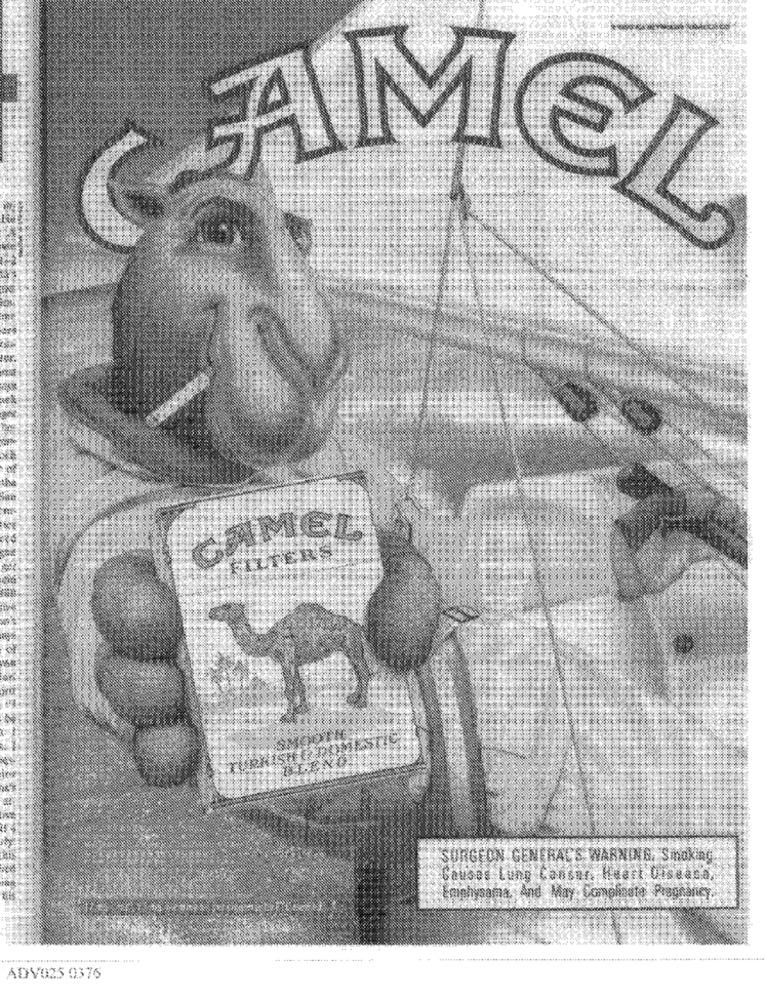
AMG
MEL
SURGEON GENERAL'S WARNING, Smoking
Causes Lung Cansar. huert Disessa
Emiphysama, And May Complinate Pregnancy,
ADV025 0376